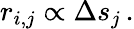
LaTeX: r_{i,j}\propto\Delta s_{j}\, .